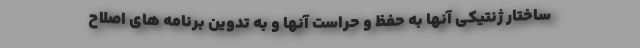
ساختار ژنتیکی آنها به حفظ و حراست آنها و به تدوین برنامه های اصلاح